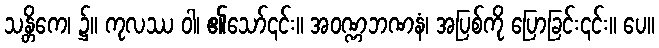
သန္တိကေ၊ ၌။ ကုလဿ ဝါ၊ ၏သော်၎င်း။ အဝဏ္ဏဘဏနံ၊ အပြစ်ကို ပြောခြင်း၎င်း။ ပေ။